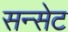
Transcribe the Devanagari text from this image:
सन्सेट